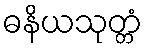
ဓနိယသုတ္တံ